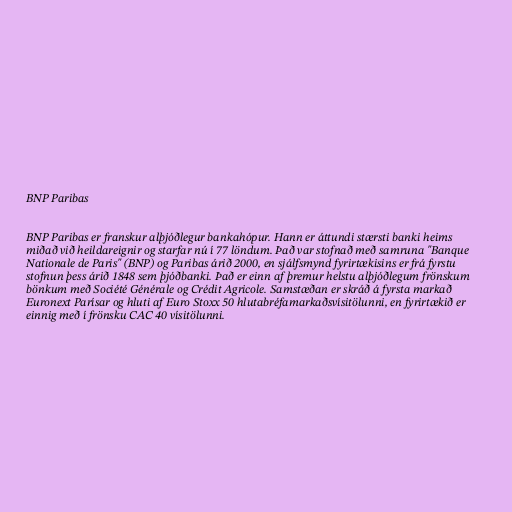
BNP Paribas

BNP Paribas er franskur alþjóðlegur bankahópur. Hann er áttundi stærsti banki heims
miðað við heildareignir og starfar nú í 77 löndum. Það var stofnað með samruna "Banque
Nationale de Paris" (BNP) og Paribas árið 2000, en sjálfsmynd fyrirtækisins er frá fyrstu
stofnun þess árið 1848 sem þjóðbanki. Það er einn af þremur helstu alþjóðlegum frönskum
bönkum með Société Générale og Crédit Agricole. Samstæðan er skráð á fyrsta markað
Euronext Parísar og hluti af Euro Stoxx 50 hlutabréfamarkaðsvísitölunni, en fyrirtækið er
einnig með í frönsku CAC 40 vísitölunni.